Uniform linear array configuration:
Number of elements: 16
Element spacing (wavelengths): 0.75
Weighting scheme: cosine
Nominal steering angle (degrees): -45
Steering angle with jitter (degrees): -45.712
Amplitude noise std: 0.05
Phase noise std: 0.05

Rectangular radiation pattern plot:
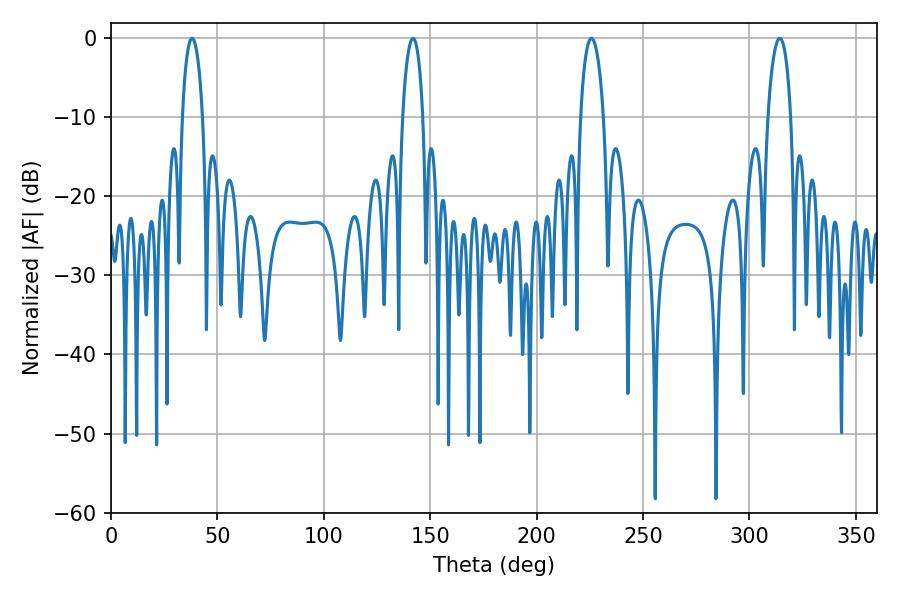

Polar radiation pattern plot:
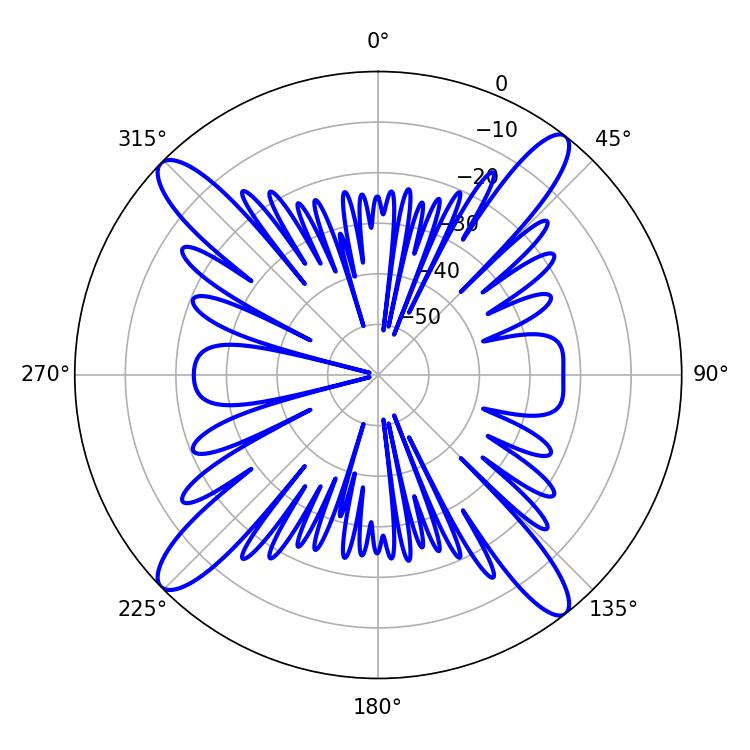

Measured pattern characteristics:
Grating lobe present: TRUE
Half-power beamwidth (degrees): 6.12
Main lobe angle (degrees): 225.72